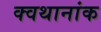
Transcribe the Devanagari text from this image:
क्वथानांक